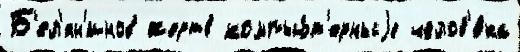
Б'ел'ян'инов жертв компью́т'ерныjе челов'е́ка